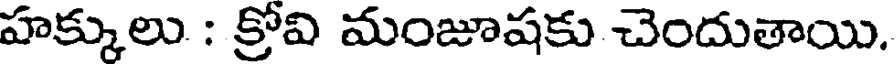
హక్కులు : క్రోవి మంజూషకు చెందుతాయి.